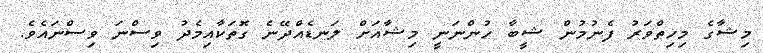
މިޝާގެ މިހިތްވަރު ފެނުމުން ޝީބާ ހުންނަނީ މިޝާއަށް ލަނޑެއްދޭނެ ގޮތަކާއިމެދު ވިސްނަ ވިސްނައެވެ.